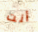
أنت